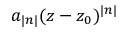
a _ { | n | } ( z - z _ { 0 } ) ^ { | n | }